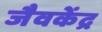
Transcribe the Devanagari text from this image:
जैवकेंद्र